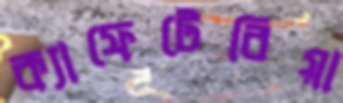
ক্যাফেটেরিয়া